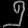
Digit: ၅